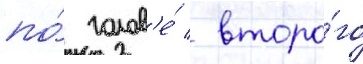
по́ голов'е́ / второ́го